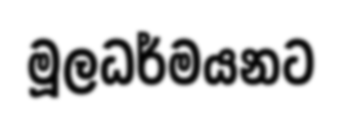
මූලධර්මයනට